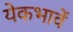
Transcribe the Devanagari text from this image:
येकभावें